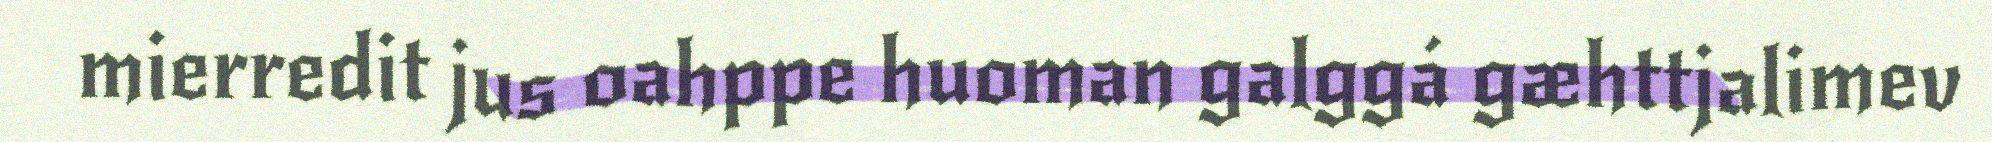
mierredit jus oahppe huoman galggá gæhttjalimev